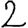
Digit: 2